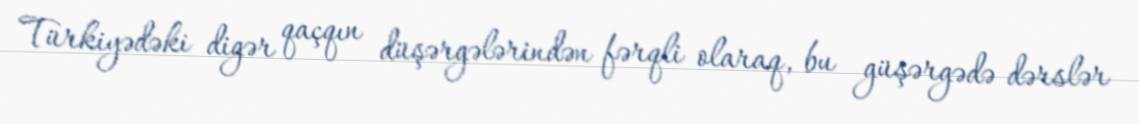
Türkiyədəki digər qaçqın düşərgələrindən fərqli olaraq, bu güşərgədə dərslər